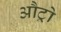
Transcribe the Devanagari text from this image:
औट्रो